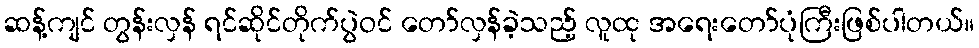
ဆန့်ကျင် တွန်းလှန် ရင်ဆိုင်တိုက်ပွဲဝင် တော်လှန်ခဲ့သည့် လူထု အရေးတော်ပုံကြီးဖြစ်ပါတယ်။